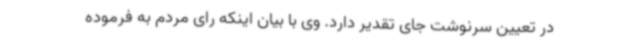
در تعیین سرنوشت جای تقدیر دارد. وی با بیان اینکه رای مردم به فرموده